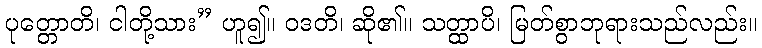
ပုတ္တောတိ၊ ငါတို့သား” ဟူ၍။ ဝဒတိ၊ ဆို၏။ သတ္ထာပိ၊ မြတ်စွာဘုရားသည်လည်း။